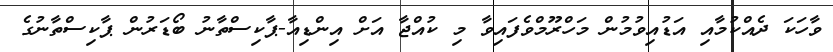
ވާހަަކަ ދެއްކުމާއި އަޑުއިވުމުން މަހްރޫމްވެފައިވާ މި ކުއްޖާ އަށް އިންޑިއާ-ޕާކިސްތާނު ބޯޑަރުން ޕާކިސްތާނުގެ